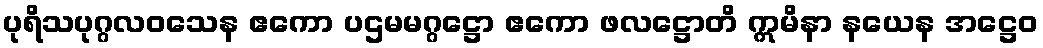
ပုရိသပုဂ္ဂလဝသေန ဧကော ပဌမမဂ္ဂဋ္ဌော ဧကော ဖလဋ္ဌောတိ ဣမိနာ နယေန အဋ္ဌေဝ